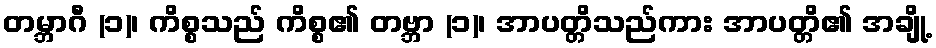
တမ္ဘာဂီ (၁)၊ ကိစ္စသည် ကိစ္စ၏ တဗ္ဘာ (၁)၊ အာပတ္တိသည်ကား အာပတ္တိ၏ အချို့